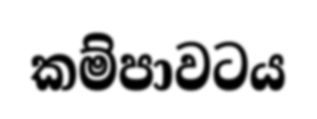
කම්පාවටය